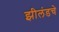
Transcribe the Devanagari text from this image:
झीलंडचे